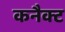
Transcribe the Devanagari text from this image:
कनैक्ट